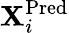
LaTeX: {\mathbf X}_{i}^{\mathrm{Pred}}